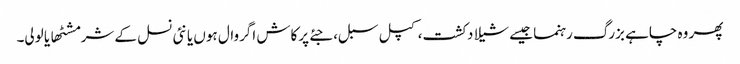
پھر وہ چاہے بزرگ رہنما جیسے شیلا دکشت، کپل سبل، جئے پرکاش اگروال ہوں یا نئی نسل کے شرمشٹھا یا لولی۔